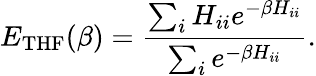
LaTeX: E_{\mathrm{THF}}(\beta)=\frac{\sum_{i}H_{ii}e^{-\beta H_{ii}}}{\sum_{i}e^{-\beta H_{ii}}}.